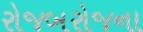
રોજબરોજના